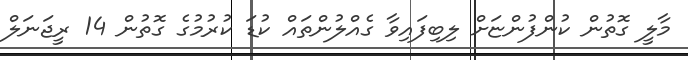
މާލީ ގޮތުން ކުންފުންޏަށް ލިބިފައިވާ ގެއްލުންތައް ކުޑަ ކުރުމުގެ ގޮތުން 14 ރީޖަނަލް